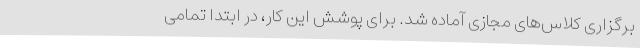
برگزاری کلاس‌های مجازی آماده شد. برای پوشش این کار، در ابتدا تمامی